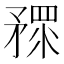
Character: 𥎅